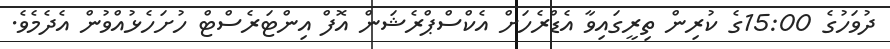
ދުވަހުގެ 15:00ގެ ކުރިން ތިރީގައިވާ އެޑްރެހަށް އެކްސްޕްރެޝަން އޮފް އިންޓަރެސްޓް ހުށަހެޅުއްވުން އެދެމެވެ.